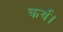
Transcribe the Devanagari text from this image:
कर्य।